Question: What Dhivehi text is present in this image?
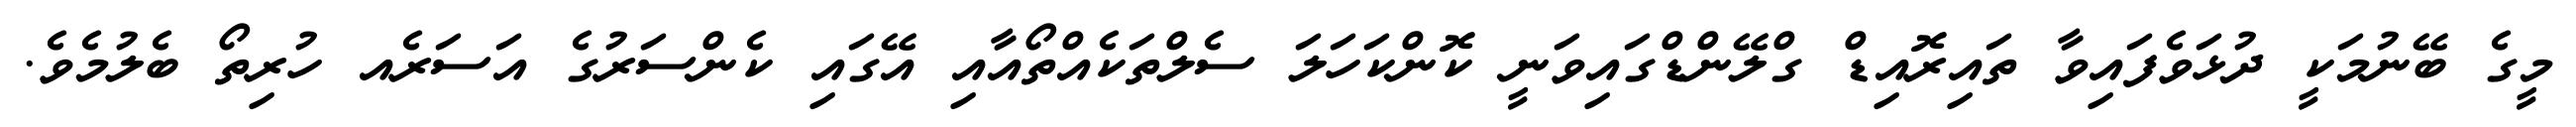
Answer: މީގެ ބޭނުމަކީ ދުޅަވެފައިވާ ތައިރޮއިޑް ގްލޭންޑްގައިވަނީ ކޮންކަހަލަ ސެލްތަކެއްތޯއާއި އޭގައި ކެންސަރުގެ އަސަރެއ ހުރިތޯ ބެލުމެވެ.